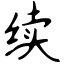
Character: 续